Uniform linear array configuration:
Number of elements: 16
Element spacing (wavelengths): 0.25
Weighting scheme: hann
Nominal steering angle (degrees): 0
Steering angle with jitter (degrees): -0.8678
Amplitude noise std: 0.05
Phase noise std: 0.05

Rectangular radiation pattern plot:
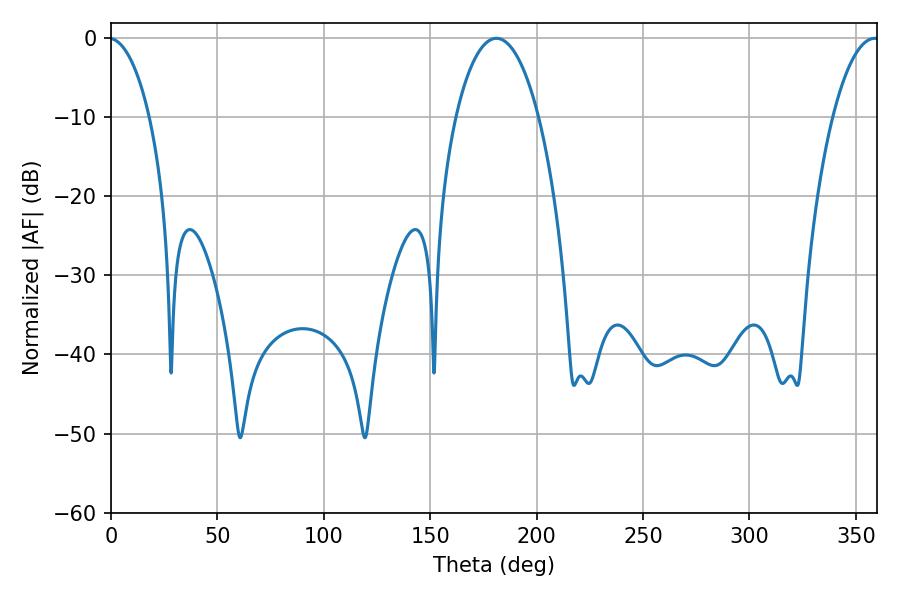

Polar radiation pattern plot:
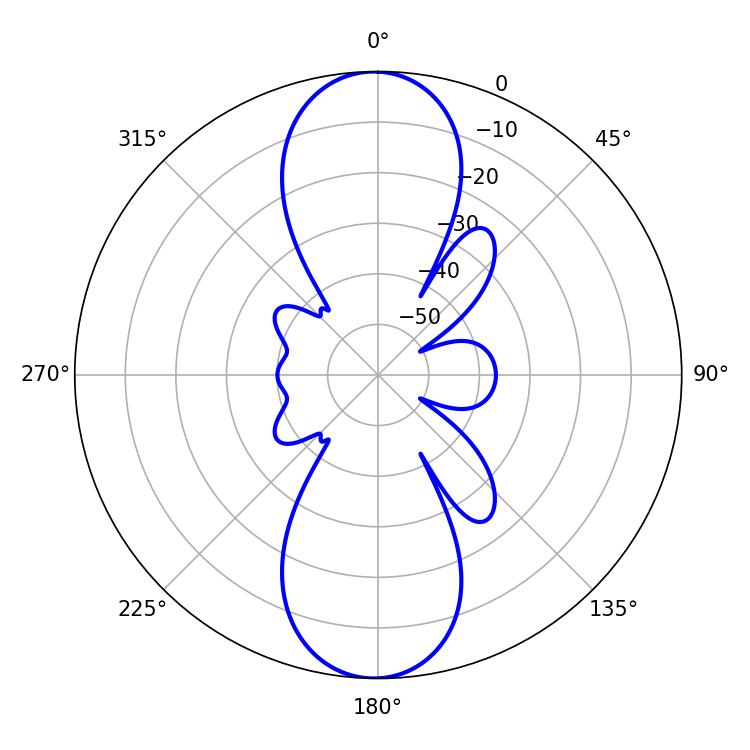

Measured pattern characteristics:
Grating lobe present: FALSE
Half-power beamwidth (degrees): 21.78
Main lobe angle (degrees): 181.08